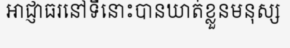
អាជ្ញាធរនៅទីនោះបានឃាត់ខ្លួនមនុស្ស